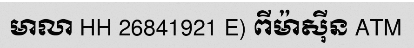
មាលា HH 26841921 E) ពីម៉ាស៊ីន ATM